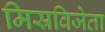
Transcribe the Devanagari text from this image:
मिस्रविजेता